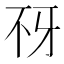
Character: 𰀍